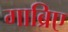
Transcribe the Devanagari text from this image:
गाब्रिए